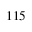
^ { 1 1 5 }